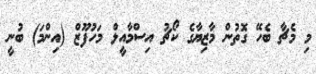
މި މެޗާ ބެހޭ ގޮތުން މާޒިޔާގެ ކޯޗު އިސްމާއީލް މަހުފޫޒް (އިންމަ) ބުނީ